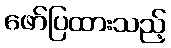
ဖော်ပြထားသည့်